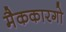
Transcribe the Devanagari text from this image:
मैककारगो